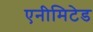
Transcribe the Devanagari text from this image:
एनीमिटेड